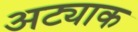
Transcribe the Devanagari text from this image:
अट्याक